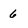
Character: 6